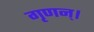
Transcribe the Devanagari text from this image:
गृणन्।